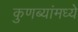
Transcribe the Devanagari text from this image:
कुणब्यांमध्ये